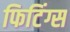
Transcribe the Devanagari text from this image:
फिटिंग्स